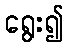
ရွေး၍